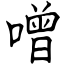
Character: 噌